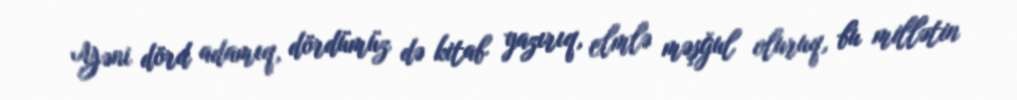
Yəni dörd adamıq, dördümüz də kitab yazırıq, elmlə məşğul oluruq, bu millətin